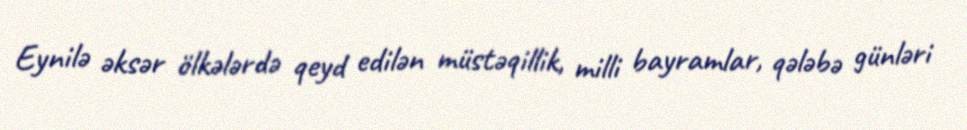
Eynilə əksər ölkələrdə qeyd edilən müstəqillik, milli bayramlar, qələbə günləri